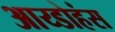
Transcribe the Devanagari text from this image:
आय्डोहंस